Indian Medical Review
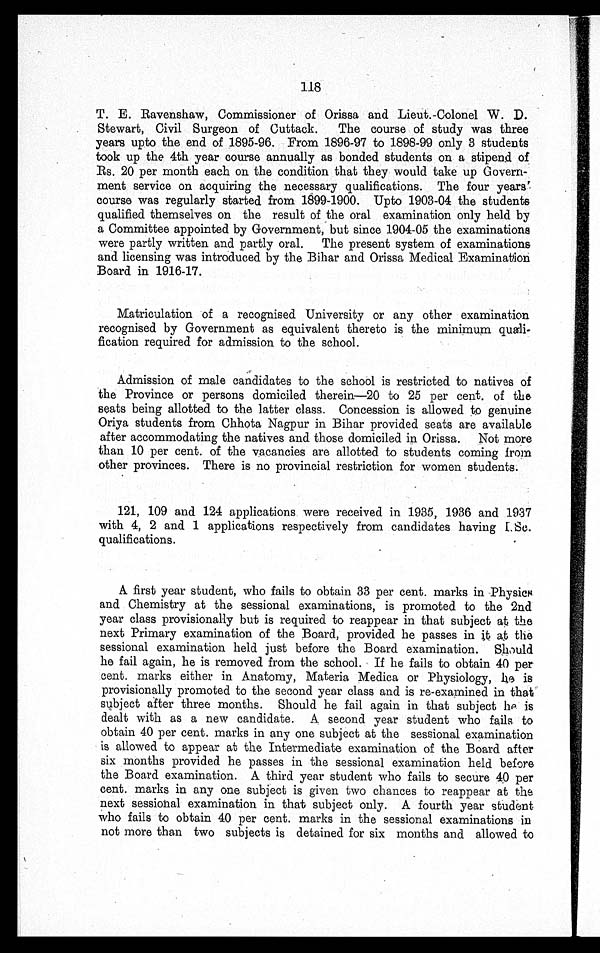
118
T. E. Ravenshaw, Commissioner of Orissa and Lieut.-Colonel W. D.
Stewart, Civil Surgeon of Cuttack. The course of study was three
years upto the end of 1895-96. From 1896-97 to 1898-99 only 3 students
took up the 4th year course annually as bonded students on a stipend of
Rs. 20 per month each on the condition that they would take up Govern-
ment service on acquiring the necessary qualifications. The four years'
course was regularly started from 1899-1900. Upto 1903-04 the students
qualified themselves on the result of the oral examination only held by
a Committee appointed by Government, but since 1904-05 the examinations
were partly written and partly oral. The present system of examinations
and licensing was introduced by the Bihar and Orissa Medical Examination
Board in 1916-17.
Matriculation of a recognised University or any other examination
recognised by Government as equivalent thereto is the minimum quali-
fication required for admission to the school.
Admission of male candidates to the school is restricted to natives of
the Province or persons domiciled therein—20 to 25 per cent. of the
seats being allotted to the latter class. Concession is allowed to genuine
Oriya students from Chhota Nagpur in Bihar provided seats are available
after accommodating the natives and those domiciled in Orissa. Not more
than 10 per cent. of the vacancies are allotted to students coming from
other provinces. There is no provincial restriction for women students:
121, 109 and 124 applications were received in 1935, 1936 and 1937
with 4, 2 and 1 applications respectively from candidates having I. Sc.
qualifications.
A first year student, who fails to obtain 33 per cent. marks in Physics
and Chemistry at the sessional examinations, is promoted to the 2nd
year class provisionally but is required to reappear in that subject at the
next Primary examination of the Board, provided he passes in it at the
sessional examination held just before the Board examination. Should
he fail again, he is removed from the school. If he fails to obtain 40 per
cent. marks either in Anatomy, Materia Medica or Physiology, he is
provisionally promoted to the second year class and is re-examined in that
subject after three months. Should he fail again in that subject he is
dealt with as a new candidate. A second year student who fails to
obtain 40 per cent. marks in any one subject at the sessional examination
is allowed to appear at the Intermediate examination of the Board after
six months provided he passes in the sessional examination held before
the Board examination. A third year student who fails to secure 40 per
cent. marks in any one subject is given two chances to reappear at the
next sessional examination in that subject only. A fourth year student
who fails to obtain 40 per cent. marks in the sessional examinations in
not more than two subjects is detained for six months and allowed to